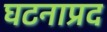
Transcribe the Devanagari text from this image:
घटनाप्रद